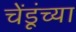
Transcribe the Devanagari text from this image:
चेंडूंच्या